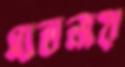
বেতনায়